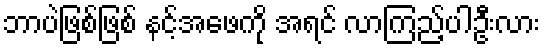
ဘာပဲဖြစ်ဖြစ် နင့်အဖေကို အရင် လာကြည့်ပါဦးလား